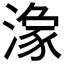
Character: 𱨘